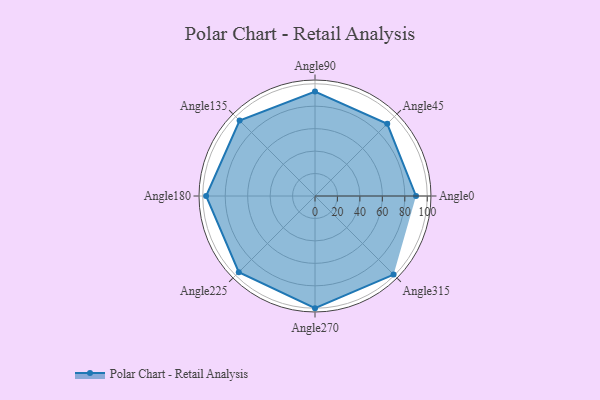
{"axis": {"x": "Angle", "y": "Radius"}, "legend": [""], "data": [{"x": "Angle0", "y": 90.0, "type": ""}, {"x": "Angle45", "y": 91.0, "type": ""}, {"x": "Angle90", "y": 93.0, "type": ""}, {"x": "Angle135", "y": 95.0, "type": ""}, {"x": "Angle180", "y": 97.0, "type": ""}, {"x": "Angle225", "y": 96.0, "type": ""}, {"x": "Angle270", "y": 100.0, "type": ""}, {"x": "Angle315", "y": 99.0, "type": ""}]}